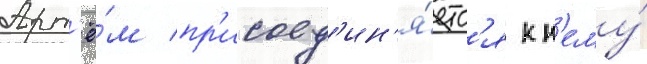
Арт'ё́м пр'исоед'ин'я́етс'я к н'ему́